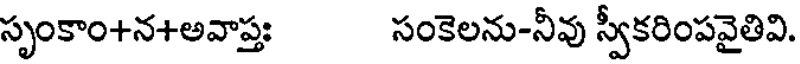
సృంకాం+న+అవాప్తః సంకెలను-నీవు స్వీకరింపవైతివి.